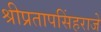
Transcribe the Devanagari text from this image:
श्रीप्रतापसिंहराजे